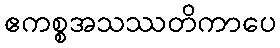
ဧကစ္စအသဿတိကာပေ